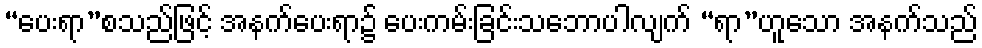
“ပေးရာ”စသည်ဖြင့် အနက်ပေးရာ၌ ပေးကမ်းခြင်းသဘောပါလျက် “ရာ”ဟူသော အနက်သည်